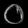
Digit: ၀